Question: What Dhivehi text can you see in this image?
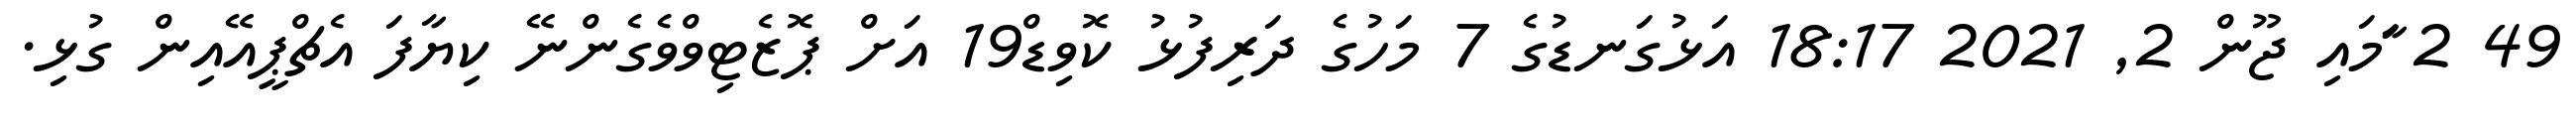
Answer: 49 2 ާަަމައި ޖޫން 2, 2021 18:17 އަޅުގަނޑުގެ 7 މަހުގެ ދަރިފުޅު ކޮވިޑް19 އަށް ޕޮޒެޓިވްވެގެންނޭ ކިޔާފަ އެޗްޕީއޭއިން ގުޅި.